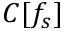
C [ f _ { s } ]